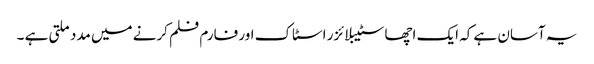
یہ آسان ہے کہ ایک اچھا سٹیبلائزر اسٹاک اور فارم فلم کرنے میں مدد ملتی ہے ۔